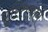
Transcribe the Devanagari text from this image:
पुस्‍तिकामें